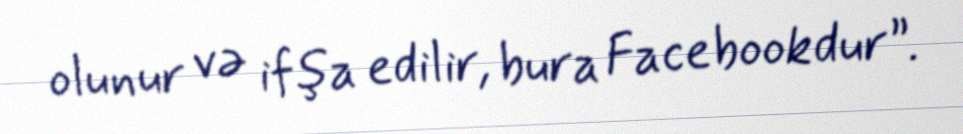
olunur və ifşa edilir, bura Facebookdur”.